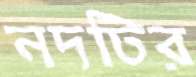
নদটির